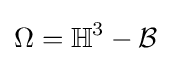
\Omega =\mathbb {H} ^{3}-{\mathcal {B}}